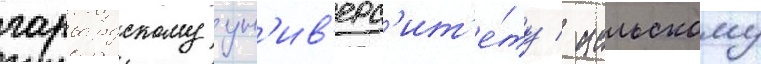
гарвардскому ун'ив'ерс'ит'е́ту / иельскому